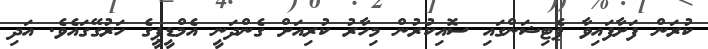
ކުރަން ފަށާފައިވާ ޕެޓިޝަންގައި ސޮއިކުރުން މިހާރު ކުރިއަށް ގެންދަނީ އެމްޑީޕީގެ ހަރުގޭގައެވެ. އަދި